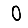
Digit: 0